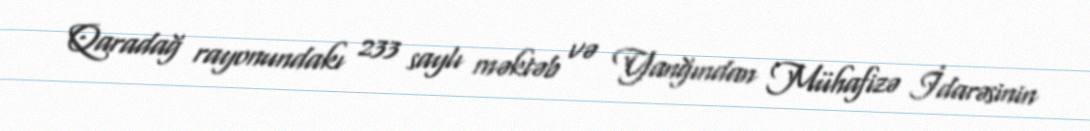
Qaradağ rayonundakı 233 saylı məktəb və Yanğından Mühafizə İdarəsinin